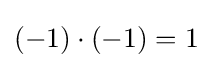
(-1)\cdot (-1)=1